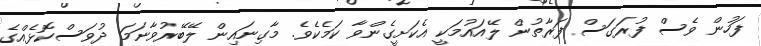
ފަހުން ވެސް ފުރަގަސް ފަރާތުން ލޭއައުމަކީ އެކަށީގެންވާ ކަމެކެވެ. މާގިނައިން ލޭބޭރުވާނަމަ ދުވަސްކޮޅެއްގެ